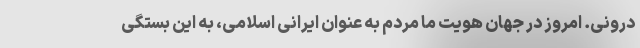
درونی. امروز در جهان هویت ما مردم به عنوان ایرانی اسلامی، به این بستگی